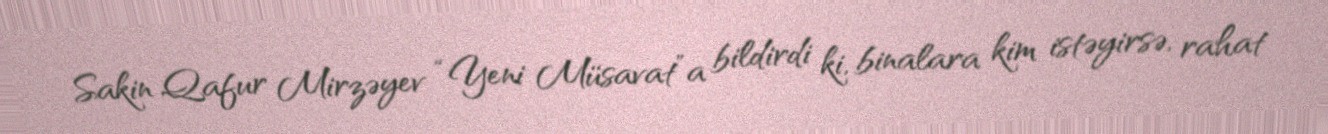
Sakin Qafur Mirzəyev “Yeni Müsavat”a bildirdi ki, binalara kim istəyirsə, rahat